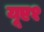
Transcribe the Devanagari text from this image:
यूए१